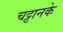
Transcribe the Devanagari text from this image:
चट्टानके